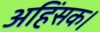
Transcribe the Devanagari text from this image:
अहिंसक।